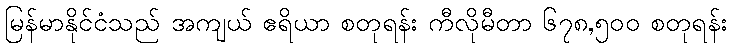
မြန်မာနိုင်ငံသည် အကျယ် ဧရိယာ စတုရန်း ကီလိုမီတာ ၆၇၈,၅၀၀ စတုရန်း